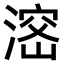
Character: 𣺑